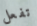
تفعل